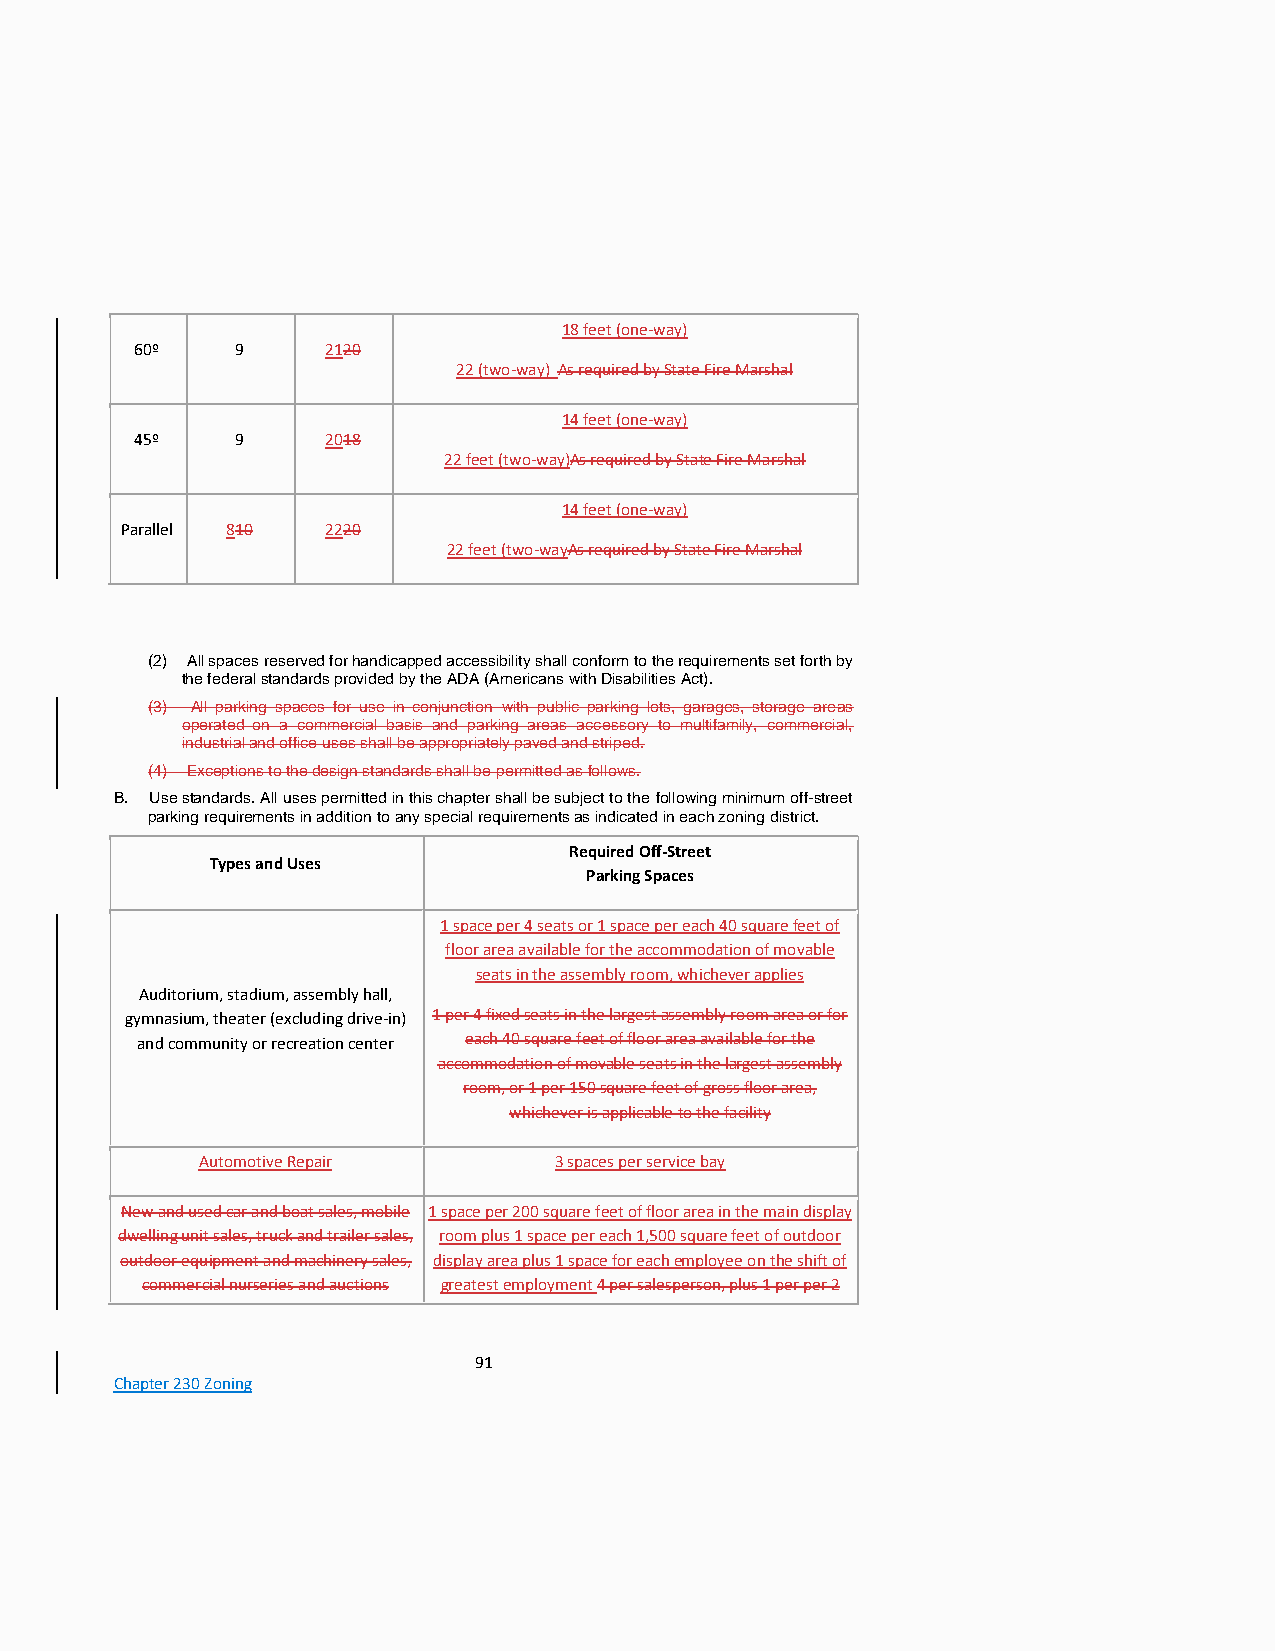
18 feet (one-way)
 60º    9     2120
 22 (two-way) As required by State Fire Marshal
 14 feet (one-way)
 45º    9     2018
 22 feet (two-way)As required by State Fire Marshal
 14 feet (one-way)
 Parallel 810  2220
 22 feet (two-wayAs required by State Fire Marshal
 (2) All spaces reserved for handicapped accessibility shall conform to the requirements set forth by
 the federal standards provided by the ADA (Americans with Disabilities Act).
 (3) All parking spaces for use in conjunction with public parking lots, garages, storage areas
 operated on a commercial basis and parking areas accessory to multifamily, commercial,
 industrial and office uses shall be appropriately paved and striped.
 (4) Exceptions to the design standards shall be permitted as follows.
 B. Use standards. All uses permitted in this chapter shall be subject to the following minimum off-street
 parking requirements in addition to any special requirements as indicated in each zoning district.
 Required Off-Street
 Types and Uses
 Parking Spaces
 1 space per 4 seats or 1 space per each 40 square feet of
 floor area available for the accommodation of movable
 seats in the assembly room, whichever applies
 Auditorium, stadium, assembly hall,
 gymnasium, theater (excluding drive-in) 1 per 4 fixed seats in the largest assembly room area or for
 and community or recreation center each 40 square feet of floor area available for the
 accommodation of movable seats in the largest assembly
 room, or 1 per 150 square feet of gross floor area,
 whichever is applicable to the facility
 Automotive Repair       3 spaces per service bay
 New and used car and boat sales, mobile 1 space per 200 square feet of floor area in the main display
 dwelling unit sales, truck and trailer sales, room plus 1 space per each 1,500 square feet of outdoor
 outdoor equipment and machinery sales, display area plus 1 space for each employee on the shift of
 commercial nurseries and auctions greatest employment 4 per salesperson, plus 1 per per 2
 91
 Chapter 230 Zoning